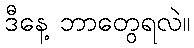
ဒီနေ့ ဘာတွေရလဲ။